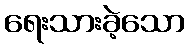
ရေးသားခဲ့သော